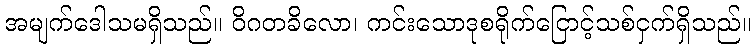
အမျက်ဒေါသမရှိသည်။ ဝိဂတခိလော၊ ကင်းသောဒုစရိုက်ငြောင့်သစ်ငှက်ရှိသည်။